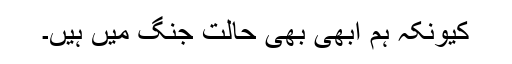
کیونکہ ہم ابھی بھی حالت جنگ میں ہیں۔